Vaccination in Bombay 1863-1868 - 1863-1868
Year: 1863
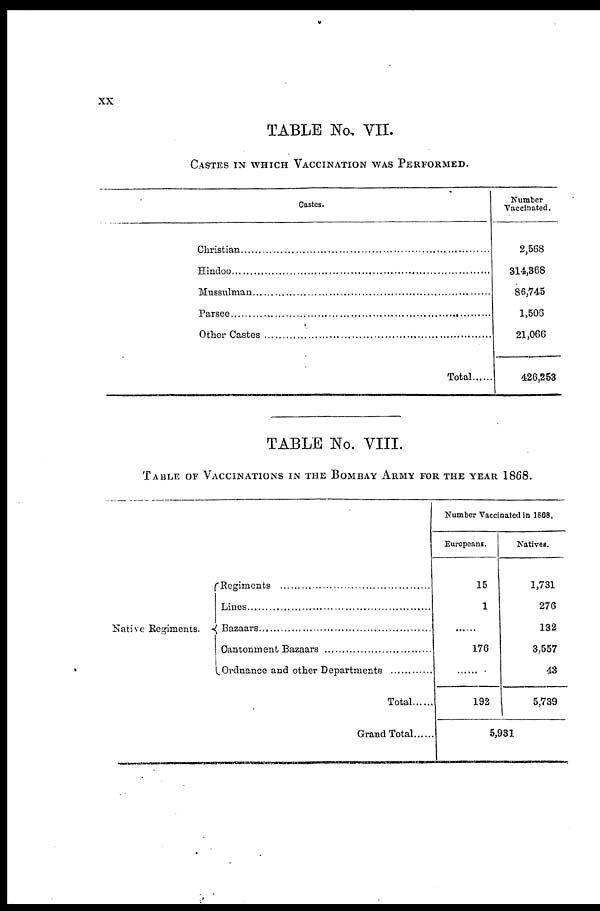
xx
TABLE No. VII.
CASTES IN WHICH VACCINATION WAS PERFORMED.
Castes.
Christian ....................................
Hindoo ....................................
Mussulman ..............................
Parsee ..............................
Other Castes ............................
Total ............
Number
Vaccinated.
2,568
314,368
86,745
1,506
21,066
426,253
TABLE No. VIII.
TABLE OF VACCINATIONS IN THE BOMBAY ARMY FOR THE YEAR 1868.
Native Regiments.
Regiments ..............................
Lines ....................................
Bazaars ..............................
Cantonment Bazaar ........................
Ordnance and other Departments ..................
Total............
Grand Total......
Number Vaccinated in 1868.
Europeans.
15
1
......
176
......
192
Natives.
1,731
276
132
3,557
43
5,739
5,931